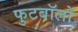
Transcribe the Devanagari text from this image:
फुटबॉलों